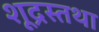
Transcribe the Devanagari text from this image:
शूद्रस्तथा